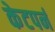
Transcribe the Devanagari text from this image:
केटपर्न